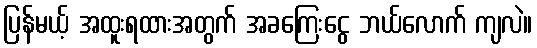
ပြန်မယ့် အထူးရထားအတွက် အခကြေးငွေ ဘယ်လောက် ကျလဲ။